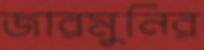
জারমুনির